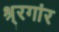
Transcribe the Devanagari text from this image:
श्र्रगांर